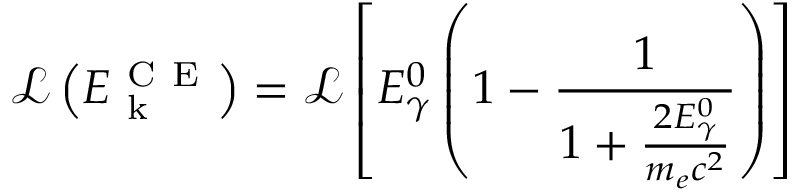
\mathcal { L } \left( E _ { \mathrm { ~ k ~ } } ^ { \mathrm { ~ C ~ E ~ } } \right) = \mathcal { L } \left[ E _ { \gamma } ^ { 0 } \left( 1 - \frac { 1 } { 1 + \frac { 2 E _ { \gamma } ^ { 0 } } { m _ { e } c ^ { 2 } } } \right) \right]